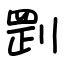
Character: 㓻